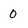
Character: 0